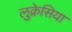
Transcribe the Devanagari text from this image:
लुक्रेसिया